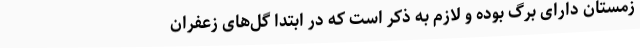
زمستان دارای برگ بوده و لازم به ذکر است که در ابتدا گل‌های زعفران